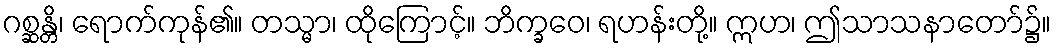
ဂစ္ဆန္တိ၊ ရောက်ကုန်၏။ တသ္မာ၊ ထိုကြောင့်။ ဘိက္ခဝေ၊ ရဟန်းတို့။ ဣဟ၊ ဤသာသနာတော်၌။